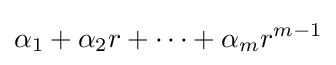
\alpha _{1}+\alpha _{2}r+\cdots +\alpha _{m}r^{m-1}